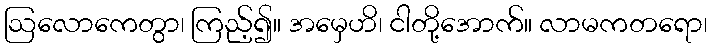
ဩလောကေတွာ၊ ကြည့်၍။ အမှေဟိ၊ ငါတို့အောက်။ လာမကတရော၊